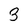
Character: 3